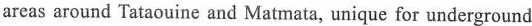
areas around Tataouine and Matmata, unique for underground